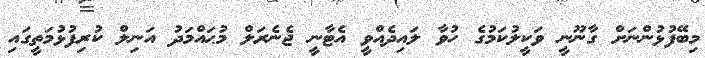
މިބޭފުޅުންނަށް ގާނޫނީ ވަކީލުކަމުގެ ހުވާ ލައިދެއްވީ އެޓާނީ ޖެނެރަލް މުޙައްމަދު އަނިލް ކުރިފުޅުމަތީގައި